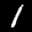
Label: 1